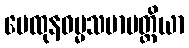
မေထုနဓမ္မသမာပတ္တိယာ